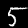
Digit: 5